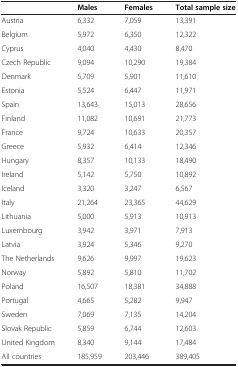
<table><thead><tr><td><b> </b></td><td><b>Males</b></td><td><b>Females</b></td><td><b>Total sample size</b></td></tr></thead><tbody><tr><td>Austria</td><td>6,332</td><td>7,059</td><td>13,391</td></tr><tr><td>Belgium</td><td>5,972</td><td>6,350</td><td>12,322</td></tr><tr><td>Cyprus</td><td>4,040</td><td>4,430</td><td>8,470</td></tr><tr><td>Czech Republic</td><td>9,094</td><td>10,290</td><td>19,384</td></tr><tr><td>Denmark</td><td>5,709</td><td>5,901</td><td>11,610</td></tr><tr><td>Estonia</td><td>5,524</td><td>6,447</td><td>11,971</td></tr><tr><td>Spain</td><td>13,643</td><td>15,013</td><td>28,656</td></tr><tr><td>Finland</td><td>11,082</td><td>10,691</td><td>21,773</td></tr><tr><td>France</td><td>9,724</td><td>10,633</td><td>20,357</td></tr><tr><td>Greece</td><td>5,932</td><td>6,414</td><td>12,346</td></tr><tr><td>Hungary</td><td>8,357</td><td>10,133</td><td>18,490</td></tr><tr><td>Ireland</td><td>5,142</td><td>5,750</td><td>10,892</td></tr><tr><td>Iceland</td><td>3,320</td><td>3,247</td><td>6,567</td></tr><tr><td>Italy</td><td>21,264</td><td>23,365</td><td>44,629</td></tr><tr><td>Lithuania</td><td>5,000</td><td>5,913</td><td>10,913</td></tr><tr><td>Luxembourg</td><td>3,942</td><td>3,971</td><td>7,913</td></tr><tr><td>Latvia</td><td>3,924</td><td>5,346</td><td>9,270</td></tr><tr><td>The Netherlands</td><td>9,626</td><td>9,997</td><td>19,623</td></tr><tr><td>Norway</td><td>5,892</td><td>5,810</td><td>11,702</td></tr><tr><td>Poland</td><td>16,507</td><td>18,381</td><td>34,888</td></tr><tr><td>Portugal</td><td>4,665</td><td>5,282</td><td>9,947</td></tr><tr><td>Sweden</td><td>7,069</td><td>7,135</td><td>14,204</td></tr><tr><td>Slovak Republic</td><td>5,859</td><td>6,744</td><td>12,603</td></tr><tr><td>United Kingdom</td><td>8,340</td><td>9,144</td><td>17,484</td></tr><tr><td>All countries</td><td>185,959</td><td>203,446</td><td>389,405</td></tr></tbody></table>